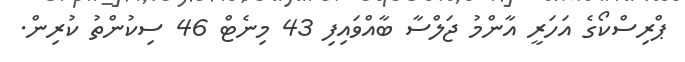
ޕްރިސްކޯގެ އަހަރީ އާންމު ޖަލްސާ ބާއްވައިފި 43 މިނެޓް 46 ސިކުންތު ކުރިން.